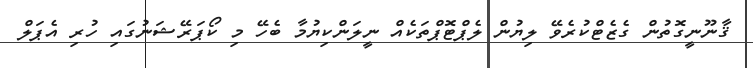
ޤާނޫނީގޮތުން ގެޒެޓްކުރެވޭ ލިޔުން ލެޕްޓޮޕްތަކެއް ނީލަންކިޔުމާ ބެހޭ މި ކޯޕަރޭޝަނުގައި ހުރި އެޕަލް